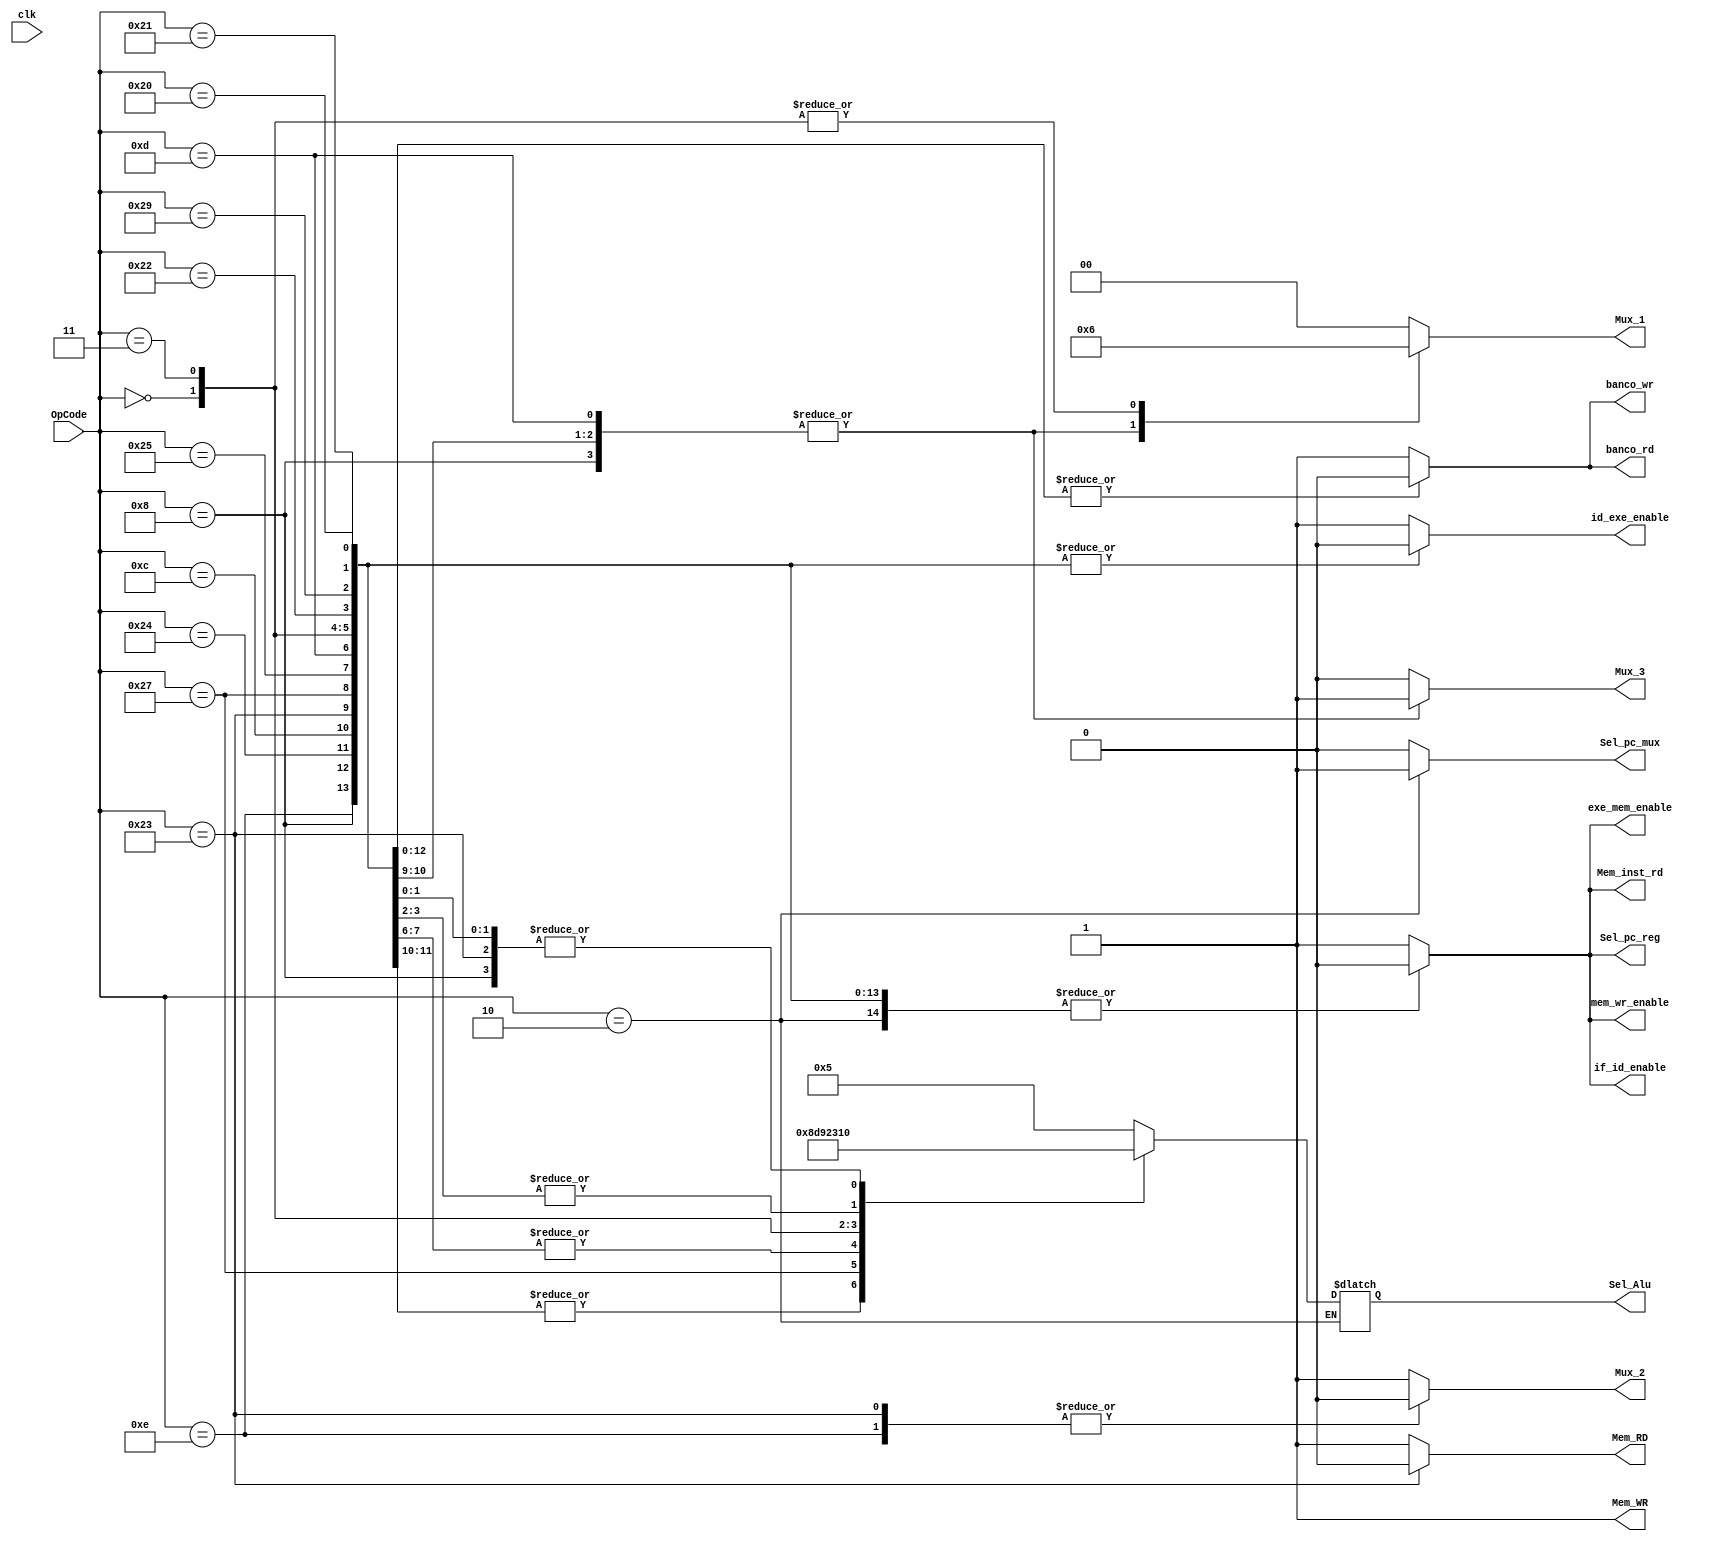
`timescale 1ns / 1ps
//////////////////////////////////////////////////////////////////////////////////
// Company:
// Engineer:
//
// Design Name:
// Module Name: Control
// Project Name:
// Target Devices:
// Tool Versions:
// Description:
//
// Dependencies:
//
// Revision:
// Revision 0.01 - File Created
// Additional Comments:
//
//////////////////////////////////////////////////////////////////////////////////


module Control(
   input clk,
   input [5:0] OpCode,
   output reg Sel_pc_mux, Sel_pc_reg, Mux_2, Mux_3,
   Mem_inst_rd, Mem_RD, Mem_WR, banco_rd, banco_wr,
   if_id_enable, id_exe_enable, exe_mem_enable, mem_wr_enable,
   output reg [1:0] Mux_1,
   output reg [3:0] Sel_Alu
   );

initial begin
   Sel_pc_mux = 0;
   Sel_pc_reg = 0;
   Mux_1 = 0;
   Mux_2 = 1;
   Mux_3 = 0;
   Mem_inst_rd = 0;
   Mem_RD = 0;
   Mem_WR = 0;
   banco_rd = 1;
   banco_wr = 1;
   if_id_enable = 0;
   id_exe_enable = 1;
   exe_mem_enable = 1;
   mem_wr_enable = 1;
   Sel_Alu = 4'h0;
end

always @(*)
begin

   case(OpCode)
       6'h20:                                //opcode de un add
       begin
           Sel_pc_mux = 0;
           Sel_pc_reg = 0;
           Mux_1 = 0;                        //selecion de mux de entrada para el dato B de la alu y el shamp
           Mux_2 = 1;                        //selecion de mux dato de la memoria 0 o operacion 1
           Mux_3 = 0;                        //selecion de mux de direccion de rd 0 o rt 1
           Mem_inst_rd = 0;
           Mem_RD = 1;
           Mem_WR = 1;
           banco_rd = 0;
           banco_wr = 0;
           if_id_enable = 0;
           id_exe_enable = 0;
           exe_mem_enable = 0;
           mem_wr_enable = 0;
           Sel_Alu = 4'h0;
       end
       6'h08:                                //opcode de un addi
       begin
           Sel_pc_mux = 0;
           Sel_pc_reg = 0;
           Mux_1 = 1;
           Mux_2 = 1;
           Mux_3 = 1;
           Mem_inst_rd = 0;
           Mem_RD = 1;
           Mem_WR = 1;
           banco_rd = 0;
           banco_wr = 0;
           if_id_enable = 0;
           id_exe_enable = 0;
           exe_mem_enable = 0;
           mem_wr_enable = 0;
           Sel_Alu = 4'h0;
       end
       6'h24:                                //opcode de un and
       begin
           Sel_pc_mux = 0;
           Sel_pc_reg = 0;
           Mux_1 = 0;
           Mux_2 = 1;
           Mux_3 = 0;
           Mem_inst_rd = 0;
           Mem_RD = 1;
           Mem_WR = 1;
           banco_rd = 0;
           banco_wr = 0;
           if_id_enable = 0;
           id_exe_enable = 0;
           exe_mem_enable = 0;
           mem_wr_enable = 0;
           Sel_Alu = 4'h8;
       end
       6'h0c:                                //opcode de un andi
       begin
           Sel_pc_mux = 0;
           Sel_pc_reg = 0;
           Mux_1 = 1;
           Mux_2 = 1;
           Mux_3 = 1;
           Mem_inst_rd = 0;
           Mem_RD = 1;
           Mem_WR = 1;
           banco_rd = 0;
           banco_wr = 0;
           if_id_enable = 0;
           id_exe_enable = 0;
           exe_mem_enable = 0;
           mem_wr_enable = 0;
           Sel_Alu = 4'h8;
       end
       6'h02:                                //opcode de un j
       begin                                 //Se usa un opcode de 3 porque se repite para el slr
           Sel_pc_mux = 1;                   //usando el de 0x3 no habra errores
           Sel_pc_reg = 0;
           Mux_1 = 0;
           Mux_2 = 1;
           Mux_3 = 0;
           Mem_inst_rd = 0;
           Mem_RD = 1;
           Mem_WR = 1;
           banco_rd = 1;
           banco_wr = 1;
           if_id_enable = 0;
           id_exe_enable = 1;
           exe_mem_enable = 0;
           mem_wr_enable = 0;
       end

       6'h23:                                //opcode de un lw
       begin
           Sel_pc_mux = 0;
           Sel_pc_reg = 0;
           Mux_1 = 1;
           Mux_2 = 0;
           Mux_3 = 1;
           Mem_inst_rd = 0;
           Mem_RD = 0;
           Mem_WR = 1;
           banco_rd = 0;
           banco_wr = 0;
           if_id_enable = 0;
           id_exe_enable = 0;
           exe_mem_enable = 0;
           mem_wr_enable = 0;
           Sel_Alu = 4'h0;
       end
       6'h27:                                //opcode de un nor
       begin
           Sel_pc_mux = 0;
           Sel_pc_reg = 0;
           Mux_1 = 0;
           Mux_2 = 1;
           Mux_3 = 0;
           Mem_inst_rd = 0;
           Mem_RD = 1;
           Mem_WR = 1;
           banco_rd = 0;
           banco_wr = 0;
           if_id_enable = 0;
           id_exe_enable = 0;
           exe_mem_enable = 0;
           mem_wr_enable = 0;
           Sel_Alu = 4'hd;
       end
       6'h25:                                //opcode de un or
       begin
           Sel_pc_mux = 0;
           Sel_pc_reg = 0;
           Mux_1 = 0;
           Mux_2 = 1;
           Mux_3 = 0;
           Mem_inst_rd = 0;
           Mem_RD = 1;
           Mem_WR = 1;
           banco_rd = 0;
           banco_wr = 0;
           if_id_enable = 0;
           id_exe_enable = 0;
           exe_mem_enable = 0;
           mem_wr_enable = 0;
           Sel_Alu = 4'h9;
       end
       6'h0d:                                //opcode de un ori
       begin
           Sel_pc_mux = 0;
           Sel_pc_reg = 0;
           Mux_1 = 1;
           Mux_2 = 1;
           Mux_3 = 1;
           Mem_inst_rd = 0;
           Mem_RD = 1;
           Mem_WR = 1;
           banco_rd = 0;
           banco_wr = 0;
           if_id_enable = 0;
           id_exe_enable = 0;
           exe_mem_enable = 0;
           mem_wr_enable = 0;
           Sel_Alu = 4'h9;
       end
       6'h00:                                //opcode de un sll
       begin
           Sel_pc_mux = 0;
           Sel_pc_reg = 0;
           Mux_1 = 2'h2;
           Mux_2 = 1;
           Mux_3 = 0;
           Mem_inst_rd = 0;
           Mem_RD = 1;
           Mem_WR = 1;
           banco_rd = 0;
           banco_wr = 0;
           if_id_enable = 0;
           id_exe_enable = 0;
           exe_mem_enable = 0;
           mem_wr_enable = 0;
           Sel_Alu = 4'h2;
       end
       6'h03:                                //opcode de un slr
       begin
           Sel_pc_mux = 0;
           Sel_pc_reg = 0;
           Mux_1 = 2'h2;
           Mux_2 = 1;
           Mux_3 = 0;
           Mem_inst_rd = 0;
           Mem_RD = 1;
           Mem_WR = 1;
           banco_rd = 0;
           banco_wr = 0;
           if_id_enable = 0;
           id_exe_enable = 0;
           exe_mem_enable = 0;
           mem_wr_enable = 0;
           Sel_Alu = 4'h3;
       end
       6'h22:                                //opcode de un sub
       begin
           Sel_pc_mux = 0;
           Sel_pc_reg = 0;
           Mux_1 = 0;
           Mux_2 = 1;
           Mux_3 = 0;
           Mem_inst_rd = 0;
           Mem_RD = 1;
           Mem_WR = 1;
           banco_rd = 0;
           banco_wr = 0;
           if_id_enable = 0;
           id_exe_enable = 0;
           exe_mem_enable = 0;
           mem_wr_enable = 0;
           Sel_Alu = 4'h1;
       end
       6'h0e:                                     //nop
       begin
           Sel_pc_mux = 0;
           Sel_pc_reg = 0;
           Mux_1 = 0;
           Mux_2 = 0;
           Mux_3 = 0;
           Mem_inst_rd = 0;
           Mem_RD = 1;
           Mem_WR = 1;
           banco_rd = 1;
           banco_wr = 1;
           if_id_enable = 0;
           id_exe_enable = 0;
           exe_mem_enable = 0;
           mem_wr_enable = 0;
           Sel_Alu = 4'h5;
       end
       6'h29:                                     //subu
       begin
           Sel_pc_mux = 0;
           Sel_pc_reg = 0;
           Mux_1 = 0;
           Mux_2 = 1;
           Mux_3 = 0;
           Mem_inst_rd = 0;
           Mem_RD = 1;
           Mem_WR = 1;
           banco_rd = 0;
           banco_wr = 0;
           if_id_enable = 0;
           id_exe_enable = 0;
           exe_mem_enable = 0;
           mem_wr_enable = 0;
           Sel_Alu = 4'h1;
       end

       6'h21:                                //opcode de un addu
       begin
           Sel_pc_mux = 0;
           Sel_pc_reg = 0;
           Mux_1 = 0;                        //selecion de mux de entrada para el dato B de la alu
           Mux_2 = 1;                        //selecion de mux dato de la memoria 0 o operacion 1
           Mux_3 = 0;                        //selecion de mux de direccion de rd 0 o rt 1
           Mem_inst_rd = 0;
           Mem_RD = 1;
           Mem_WR = 1;
           banco_rd = 0;
           banco_wr = 0;
           if_id_enable = 0;
           id_exe_enable = 0;
           exe_mem_enable = 0;
           mem_wr_enable = 0;
           Sel_Alu = 4'h0;
       end

       default:
       begin
           Sel_pc_mux = 0;
           Sel_pc_reg = 1;
           Mux_1 = 0;
           Mux_2 = 1;
           Mux_3 = 0;
           Mem_inst_rd = 1;
           Mem_RD = 1;
           Mem_WR = 1;
           banco_rd = 1;
           banco_wr = 1;
           if_id_enable = 1;
           id_exe_enable = 1;
           exe_mem_enable = 1;
           mem_wr_enable = 1;
           Sel_Alu = 4'h5;
       end
   endcase
end

endmodule